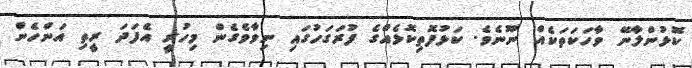
ކޮޅުންލާނޭ ވާހަކަތަކެއް ނޫނެވެ. ކަޅުފޮތިކޮޅެއްގެ ފުރަގަހުގައި ނިވާވެގެން މިހުރީ އެފަދަ ރީތި އަންހެން